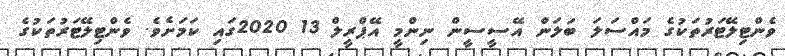
ވެންޓިލޭޓަރުތަކުގެ މައްސަލަ ބަލަން އޭސީސީން ނިންމީ އޭޕްރީލް 13 2020ގައި ކަމަށެވެ. ވެންޓިލޭޓަރުތަކުގެ